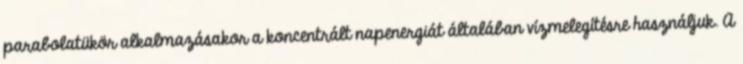
parabolatükör alkalmazásakor a koncentrált napenergiát általában vízmelegítésre használjuk. A